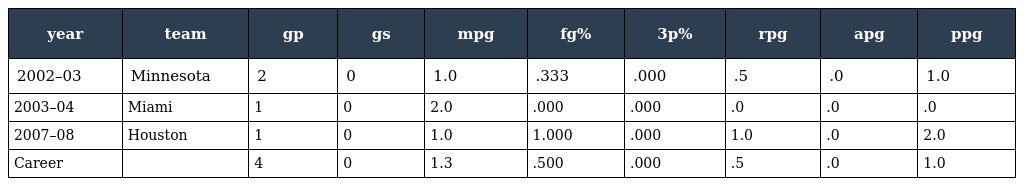
| year | team | gp | gs | mpg | fg% | 3p% | rpg | apg | ppg |
 | --- | --- | --- | --- | --- | --- | --- | --- | --- | --- |
 | 2002–03 | Minnesota | 2 | 0 | 1.0 | .333 | .000 | .5 | .0 | 1.0 |
 | 2003–04 | Miami | 1 | 0 | 2.0 | .000 | .000 | .0 | .0 | .0 |
 | 2007–08 | Houston | 1 | 0 | 1.0 | 1.000 | .000 | 1.0 | .0 | 2.0 |
 | Career |  | 4 | 0 | 1.3 | .500 | .000 | .5 | .0 | 1.0 |